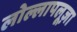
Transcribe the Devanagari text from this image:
लोल्लापलूज़ा